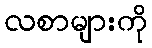
လစာများကို